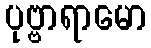
ပုဗ္ဗာရာမော